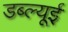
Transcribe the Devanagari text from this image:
डब्ल्यूई